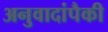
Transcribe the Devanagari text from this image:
अनुवादांपैकी